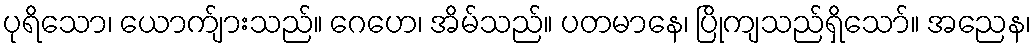
ပုရိသော၊ ယောက်ျားသည်။ ဂေဟေ၊ အိမ်သည်။ ပတမာနေ၊ ပြိုကျသည်ရှိသော်။ အညေန၊